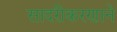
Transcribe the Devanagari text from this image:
सादरीकरणाने